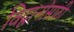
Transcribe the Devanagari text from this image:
विद्वानांसाठी